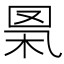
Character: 𦊻